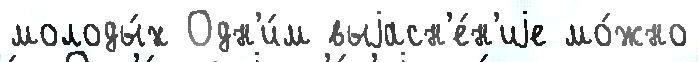
молоды́х Одн'и́м выjасн'е́н'иjе мо́жно